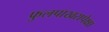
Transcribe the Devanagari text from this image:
फुलपाखरापेक्षा